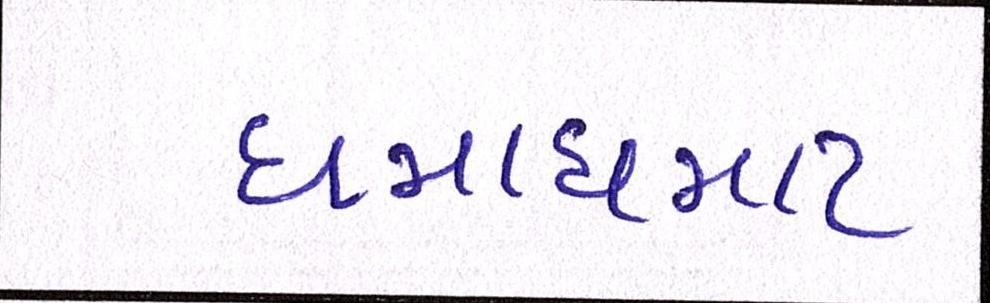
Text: ધમાધમાટ